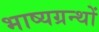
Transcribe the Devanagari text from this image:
भाष्यग्रन्थों